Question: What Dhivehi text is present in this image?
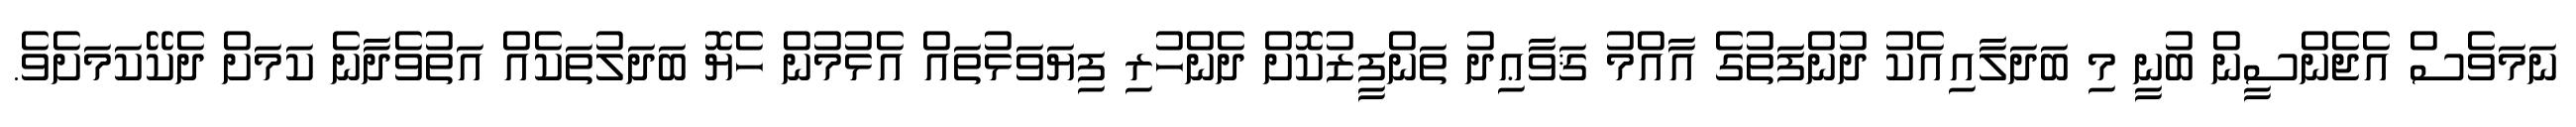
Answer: ނަމަވެސް އެޖެންސީން ބުނީ މި ބަދަލާއިއެކު ދުންފަތުގެ އާއްމު ޤަވާޢިދު ތަންފީޒުކޮށް ދެންހުރި ފިޔަވަޅުތައް އެޅުމުން ހެޔޮ ބަދަލުތަކެއް އަތުވެދާނެ ކަމަށް ދެކޭކަމަށެވެ.